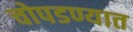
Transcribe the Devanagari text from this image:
चोपडण्यात